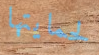
لحمايتها